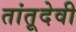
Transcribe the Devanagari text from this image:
तांतूदेवी